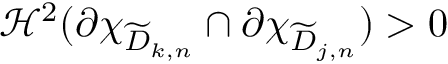
\mathcal H ^ { 2 } ( \partial \chi _ { \widetilde { D } _ { k , n } } \cap \partial \chi _ { \widetilde { D } _ { j , n } } ) > 0